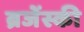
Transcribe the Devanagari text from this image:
ब्रजेंस्की